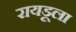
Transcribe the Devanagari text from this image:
रायडूला